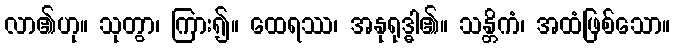
လာ၏ဟု။ သုတွာ၊ ကြား၍။ ထေရဿ၊ အနုရုဒ္ဓါ၏။ သန္တိကံ၊ အထံဖြစ်သော။